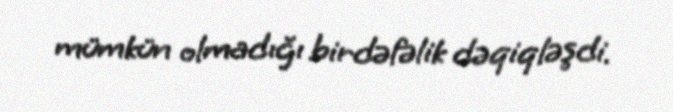
mümkün olmadığı birdəfəlik dəqiqləşdi.